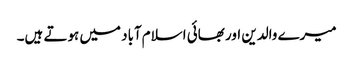
میرے والدین اور بھائی اسلام‌آباد میں ہوتے ہیں۔